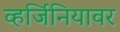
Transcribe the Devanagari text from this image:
व्हर्जिनियावर